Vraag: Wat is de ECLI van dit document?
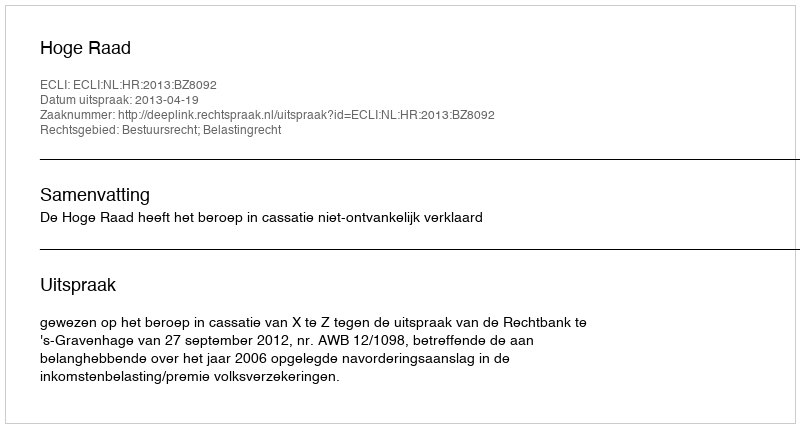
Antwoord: ECLI:NL:HR:2013:BZ8092